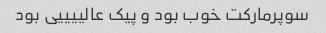
سوپرمارکت خوب بود و پیک عالییییی بود